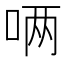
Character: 唡